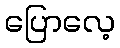
ပြောလေ့